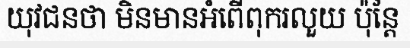
យុវជនថា មិនមានអំពើពុករលួយ ប៉ុន្តែ